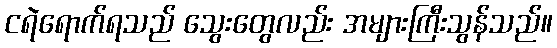
ငရဲရောက်ရသည် သွေးတွေလည်း အများကြီးသွန်သည်။